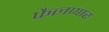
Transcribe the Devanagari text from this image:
फैलणार